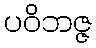
ပဝိဘဇ္ဇ